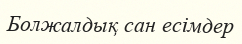
Болжалдық сан есімдер